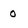
Character: 0